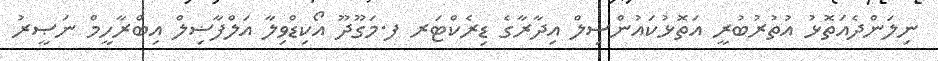
ނިލަންދެއަތޮޅު އުތުރުބުރީ އަތޮޅުކައުންސިލް އިދާރާގެ ޑިރެކްޓަރ ފ.މަގޫދޫ އޯކިޑްވިލާ އަލްފާޟިލް އިބްރާހީމް ނަޞީރު